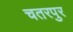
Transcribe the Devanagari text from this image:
चतरपुर